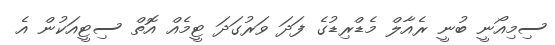
ސިމިއޯނީ ބުނީ ރެއާލް މެޑްރިޑުގެ ފަދަ ވަރުގަދަ ޓީމެއް އޮތް ސިޓީއަކުން އެ